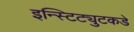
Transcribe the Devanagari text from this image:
इन्स्टिट्युटकडे